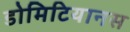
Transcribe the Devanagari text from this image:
डोमिटियानस